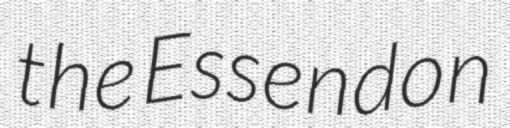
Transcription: the Essendon